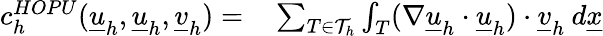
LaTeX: \begin{array}{rl}{c_{h}^{HOPU}(\underline{{u}}_{h},\underline{{u}}_{h},\underline{{v}}_{h})=}&{{}\sum_{T\in\mathcal{T}_{h}}\int_{T}(\nabla\underline{{u}}_{h}\cdot\underline{{u}}_{h})\cdot\underline{{v}}_{h}\: d\underline{{x}}}\end{array}